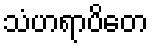
သံဟရာပိတေ